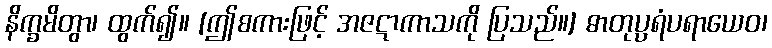
နိက္ခမိတွာ၊ ထွက်၍။ [ဤစကားဖြင့် အဇဋာကာသကို ပြသည်။] ဓာတုပ္ပရံပရာယေဝ၊